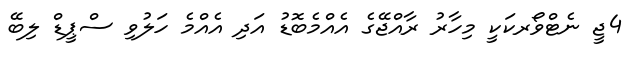
4ޖީ ނެޓްވޯރކަކީ މިހާރު ރާއްޖޭގެ އެއްމެބޮޑު އަދި އެއްމެ ހަލުވި ސްޕީޑް ލިބޭ